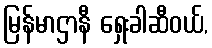
မြန်မာဌာနီ ရှေးခါဆီဝယ်,